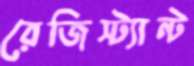
রেজিস্ট্যান্ট